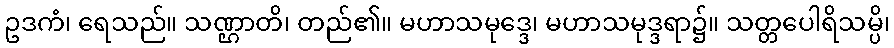
ဥဒကံ၊ ရေသည်။ သဏ္ဌာတိ၊ တည်၏။ မဟာသမုဒ္ဒေ၊ မဟာသမုဒ္ဒရာ၌။ သတ္တပေါရိသမ္ပိ၊